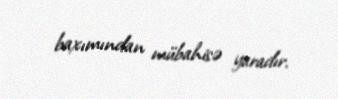
baxımından mübahisə yaradır.